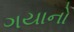
ગયાનો